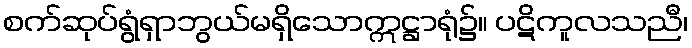
စက်ဆုပ်ရွံရှာဘွယ်မရှိသောဣဋ္ဌာရုံ၌။ ပဋိကူလသညီ၊